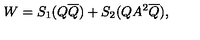
W = S _ { 1 } ( Q \overline { { Q } } ) + S _ { 2 } ( Q A ^ { 2 } \overline { { Q } } ) ,